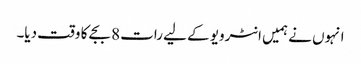
انہوں نے ہمیں انٹرویو کے لیے رات 8 بجے کا وقت دیا۔